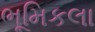
ભૂમિકલા